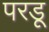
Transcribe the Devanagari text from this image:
परडू